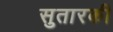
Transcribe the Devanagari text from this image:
सुतारकी